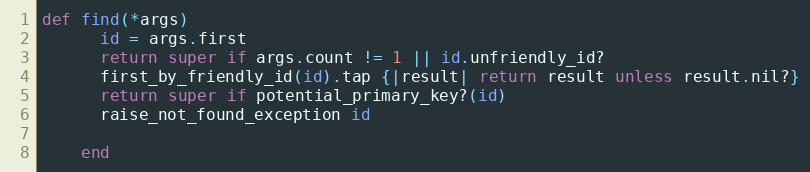
Language: Ruby
def find(*args)
      id = args.first
      return super if args.count != 1 || id.unfriendly_id?
      first_by_friendly_id(id).tap {|result| return result unless result.nil?}
      return super if potential_primary_key?(id)
      raise_not_found_exception id

    end